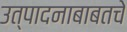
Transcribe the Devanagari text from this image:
उत्पादनाबाबतचे